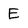
Character: E